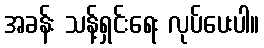
အခန်း သန့်ရှင်းရေး လုပ်ပေးပါ။